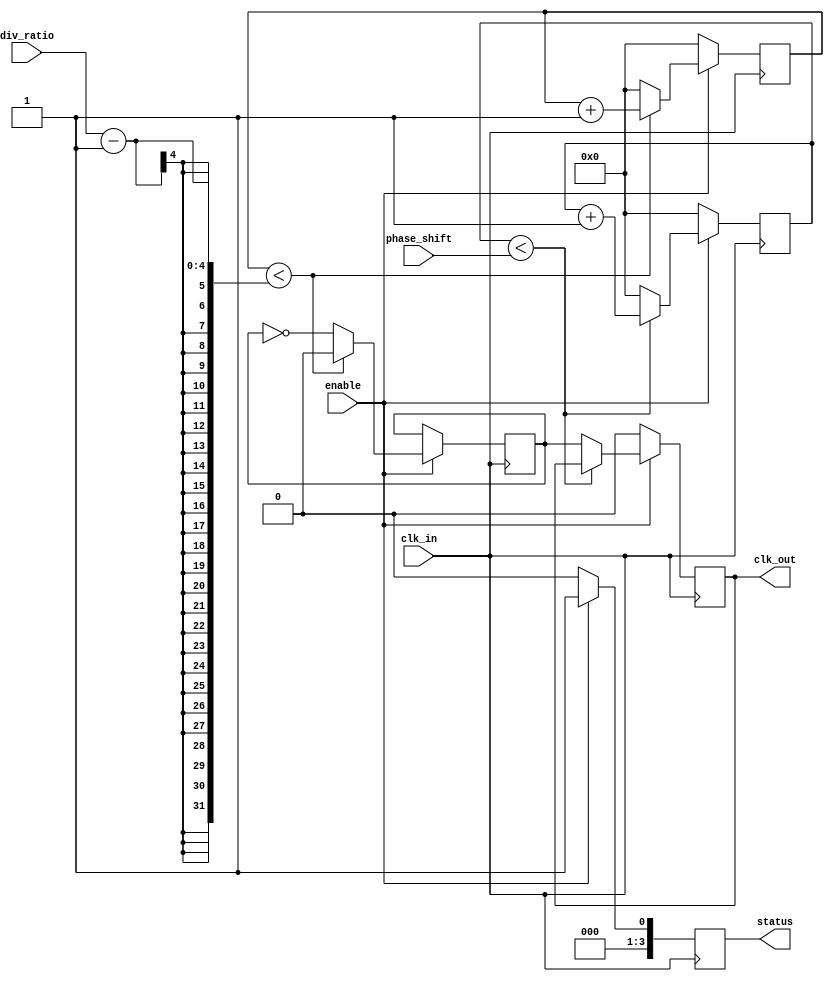
module ProgrammableClockBuffer (
    input wire clk_in,               // Input clock signal
    input wire [3:0] div_ratio,      // Programmable division ratio (1 to 16)
    input wire [3:0] phase_shift,     // Programmable phase shift (in clock cycles)
    input wire enable,                // Enable/disable output clock
    output reg clk_out,               // Output clock signal
    output reg [3:0] status           // Status indicators
);

    // Internal signals
    reg [3:0] counter;                // Counter for frequency division
    reg [3:0] phase_counter;          // Counter for phase adjustment
    reg clk_div;                      // Divided clock signal

    // Frequency division and phase adjustment
    always @(posedge clk_in) begin
        if (enable) begin
            // Frequency division logic
            if (counter < div_ratio - 1) begin
                counter <= counter + 1;
                clk_div <= 0; // Keep output low until the counter reaches the division ratio
            end else begin
                counter <= 0;
                clk_div <= ~clk_div; // Toggle the divided clock
            end

            // Phase adjustment logic
            if (phase_counter < phase_shift) begin
                phase_counter <= phase_counter + 1;
            end else begin
                clk_out <= clk_div; // Output the divided clock after phase adjustment
                phase_counter <= 0; // Reset phase counter
            end

            // Update status
            status <= {3'b000, enable}; // Update status with enable state
        end else begin
            clk_out <= 0; // Disable output clock when not enabled
            counter <= 0; // Reset counter
            phase_counter <= 0; // Reset phase counter
            status <= 4'b0000; // Update status to indicate disabled state
        end
    end

endmodule